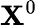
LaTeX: \mathbf{X}^{0}